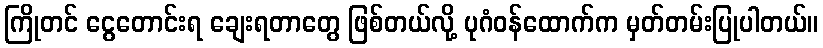
ကြိုတင် ငွေတောင်းရ ချေးရတာတွေ ဖြစ်တယ်လို့ ပုဂံဝန်ထောက်က မှတ်တမ်းပြုပါတယ်။